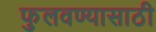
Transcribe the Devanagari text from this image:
फुलवण्यासाठी